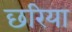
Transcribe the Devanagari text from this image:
छरिया